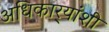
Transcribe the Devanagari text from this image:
अधिकार्‍यांशी